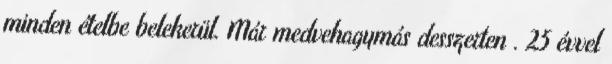
minden ételbe belekerül. Már medvehagymás desszerten . 25 évvel